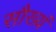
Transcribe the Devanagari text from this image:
सौख्यं